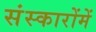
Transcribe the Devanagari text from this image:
संस्कारोंमें